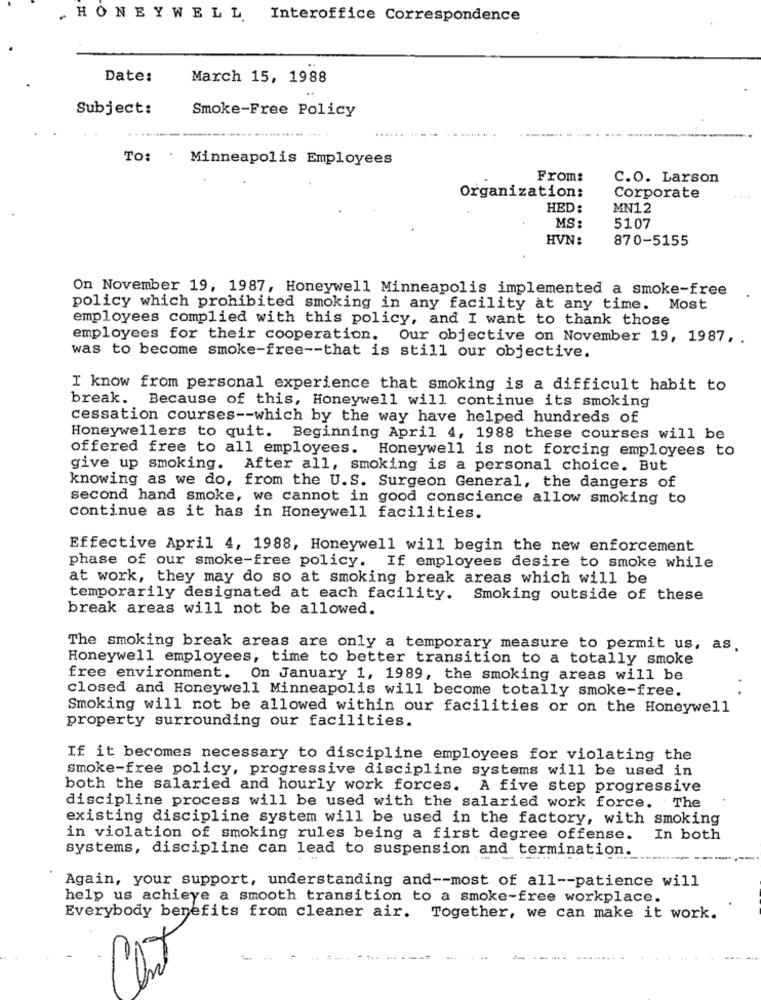
„ HONEYWELL Interoffice Correspondence
Date:
March 15, 1988
Subject:
Smoke-Free Policy
..... ...... .... .
TO:
:Minneapolis Employees
From:
C.O. Larson
Organization:
Corporate
HED:
MN12
MS:
5107
HVN:
870-5155
On November 19, 1987, Honeywell Minneapolis implemented a smoke-free
policy which prohibited smoking in any facility at any time. Most
employees complied with this policy, and I want to thank those
employees for their cooperation. Our objective on November 19, 1987, .
was to become smoke-free -- that is still our objective.
I know from personal experience that smoking is a difficult habit to
break. Because of this, Honeywell will continue its smoking
cessation courses -- which by the way have helped hundreds of
Honeywellers to quit. Beginning April 4, 1988 these courses will be
offered free to all employees. Honeywell is not forcing employees to
give up smoking. After all, smoking is a personal choice. But
knowing as we do, from the U.S. Surgeon General, the dangers of
second hand smoke, we cannot in good conscience allow smoking to
continue as it has in Honeywell facilities.
Effective April 4, 1988, Honeywell will begin the new enforcement
phase of our smoke-free policy. If employees desire to smoke while
at work, they may do so at smoking break areas which will be
temporarily designated at each facility. Smoking outside of these
break areas will not be allowed.
The smoking break areas are only a temporary measure to permit us, as.
Honeywell employees, time to better transition to a totally smoke
free environment. On January 1, 1989, the smoking areas will be
closed and Honeywell Minneapolis will become totally smoke-free.
Smoking will not be allowed within our facilities or on the Honeywell
property surrounding our facilities.
If it becomes necessary to discipline employees for violating the
smoke-free policy, progressive discipline systems will be used in
both the salaried and hourly work forces. A five step progressive
discipline process will be used with the salaried work force. The
existing discipline system will be used in the factory, with smoking
in violation of smoking rules being a first degree offense.
In both
systems, discipline can lead to suspension and termination.
Again, your support, understanding and -- most of all -- patience will
help us achieve a smooth transition to a smoke-free workplace.
Everybody benefits from cleaner air. Together, we can make it work.